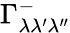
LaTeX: \Gamma_{\lambda\lambda^{\prime}\lambda^{\prime\prime}}^{-}